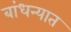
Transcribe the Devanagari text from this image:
बांधन्यात